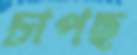
চাপছ